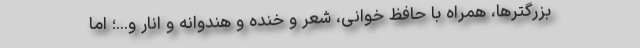
بزرگترها، همراه با حافظ خوانی، شعر و خنده و هندوانه و انار و...؛ اما